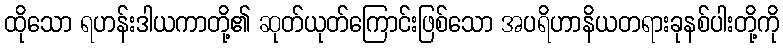
ထိုသော ရဟန်းဒါယကာတို့၏ ဆုတ်ယုတ်ကြောင်းဖြစ်သော အပရိဟာနိယတရားခုနစ်ပါးတို့ကို